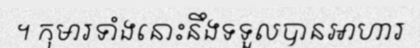
។ កុមារទាំងនោះនឹងទទួលបានអាហារ